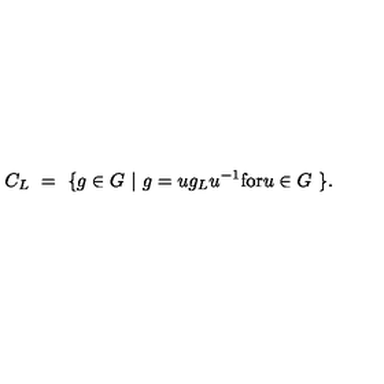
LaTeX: C _ { L } \ = \ \{ g \in G \ | \ g = u g _ { L } u ^ { - 1 } \mathrm { f o r } u \in G \ \} .